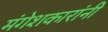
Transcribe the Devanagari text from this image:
मंगेशकारांनी